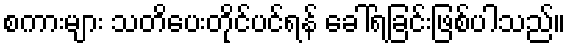
စကားများ သတိပေးတိုင်ပင်ရန် ခေါ်ရခြင်းဖြစ်ပါသည်။